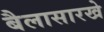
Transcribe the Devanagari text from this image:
बैलासारखे